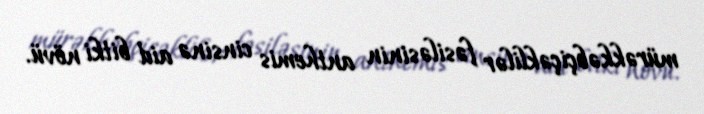
mürəkkəbçiçəklilər fəsiləsinin anthemis cinsinə aid bitki növü.